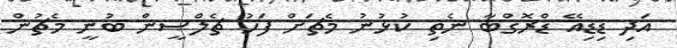
އަދި ޑިޑިއޭ ޑްރޮގްބާ ނެތި ކުޅުނު މެޗަށް ފަހު ޗެލްސީން ބުނީ މެޗުން